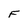
Character: F